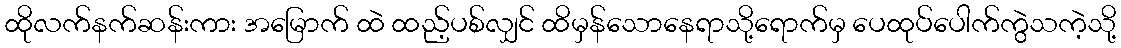
ထိုလက်နက်ဆန်းကား အမြောက် ထဲ ထည့်ပစ်လျှင် ထိမှန်သောနေရာသို့ရောက်မှ ပေထုပ်ပေါက်ကွဲသကဲ့သို့